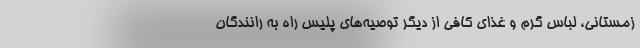
زمستانی، لباس گرم و غذای کافی از دیگر توصیه‌های پلیس راه به رانندگان